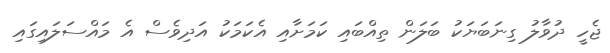
ޖެހީ ދުވާލު ގިނަބަޔަކު ބަލަން ތިއްބައި ކަމަށާއި އެކަމަކު އަދިވެސް އެ މައްސަލައިގައި